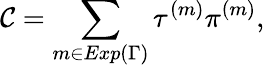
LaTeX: {\cal C}=\sum_{m\in Exp(\Gamma)}\tau^{(m)}\pi^{(m)},